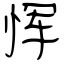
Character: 恽